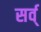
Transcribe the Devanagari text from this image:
सर्व्